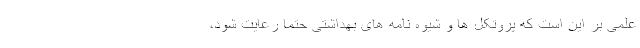
علمی بر این است که پروتکل ها و شیوه نامه های بهداشتی حتما رعایت شود،